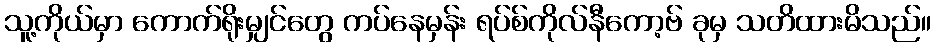
သူ့ကိုယ်မှာ ကောက်ရိုးမျှင်တွေ ကပ်နေမှန်း ရပ်စ်ကိုလ်နီကော့ဗ် ခုမှ သတိထားမိသည်။